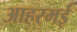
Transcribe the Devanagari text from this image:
आहरमई